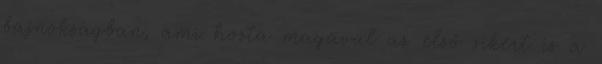
bajnokságban, ami hozta magával az első sikert is a